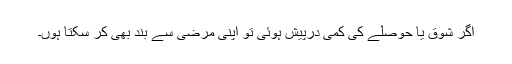
اگر شوق یا حوصلے کی کمی درپیش ہوئی تو اپنی مرضی سے بند بھی کر سکتا ہوں۔